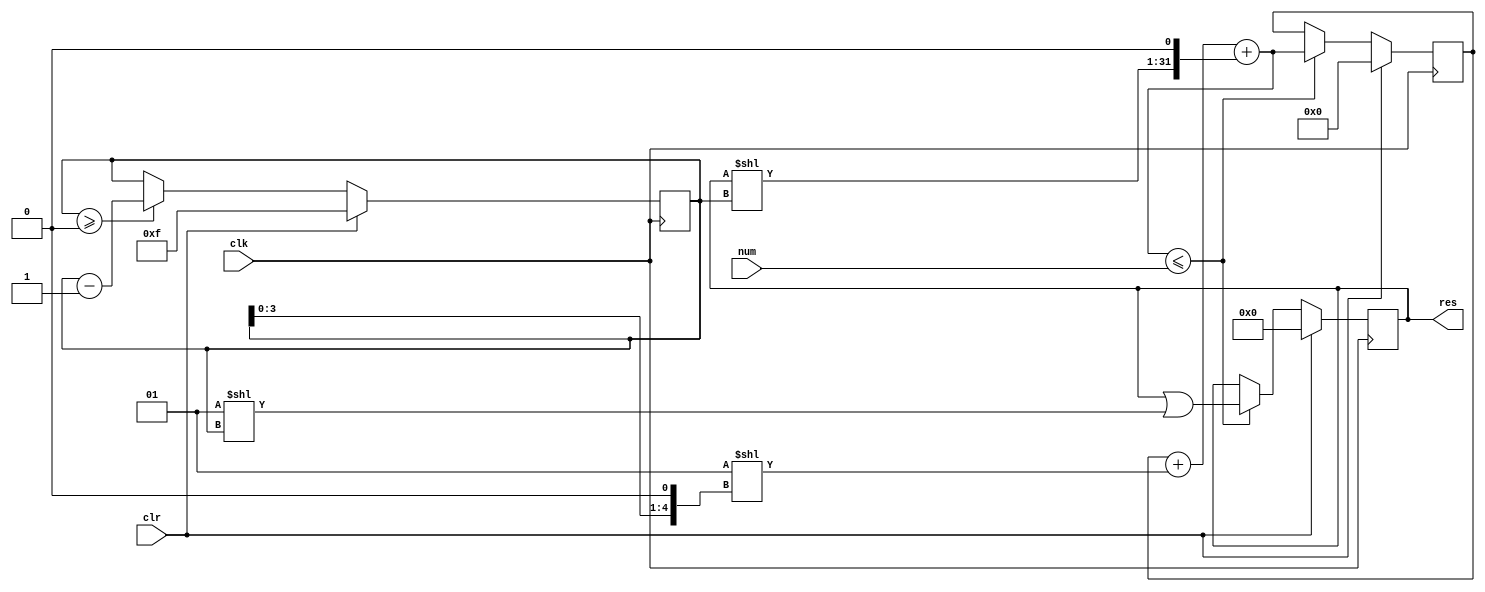
/* 

.v implimentation for finding the integer square root of a number using the "Square and compare" method.
Described by the paper Implementation of Integer Square Root 

	- ISSN: 2319-5967
	- Authors: Addanki Purna Ramesh, I. JAYARAM KUMAR

	The MSB of the running result is changed to 1. If that makes the square of the running result
	larger than the input, the bit is changed back to 0, otherwise it is left at 1.
	This modify-and check sequence happens to each bit down to the LSB.
	This whole process should take no more than 16 clock cycles as the output is 16 bits long.
	
*/

module sqrt(clr, num, res, clk);

   input clr;
   input [31:0] num; // number to be square rooted
   output reg [15:0] res; // running result
	input clk;
   
   reg [31:0] resSqrd; //resSqrd = res**2
	
   reg [4:0] ind; //tracks the index of the bit we currently being changed/considered
   wire [15:0] chgBit = 1<<ind; 
   wire [31:0] chgBitSqrd = 1<<(ind<<1); // immitates the bit shift of "chgBit" as if chgBitSqrd = chgBit**2
	
	// bitwise or a single bit in res & resSqrd respectively for the next guesses of the correct binary sequence.
   wire [15:0] guess  = res | chgBit;
   wire [31:0] guessSqrd = resSqrd + chgBitSqrd + ((res<<ind)<<1);


   always @(posedge clk)begin
      if(clr) begin // clear memory to prepare for the next number to calculate the square root of	
			ind <= 15;      
			res <= 0;
			resSqrd <= 0;
      end
      else begin
			if(guessSqrd <= num) begin // if guess was correct for the iteration
				res  <= guess;
				resSqrd <= guessSqrd;
			end
			if(ind >= 0)
				ind <= ind -1;
		end
	end

endmodule